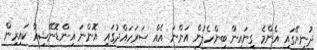
ދުނިޔޭގައި އެންމެ ގިނައިން ބިންހެލުން އަންނަ އެއް ސަރަހައްދުގައި އޮންނަ އިންޑޮނޭޝިއާ ކައިރިން